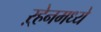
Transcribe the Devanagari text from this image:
ऱ्हेनमध्ये